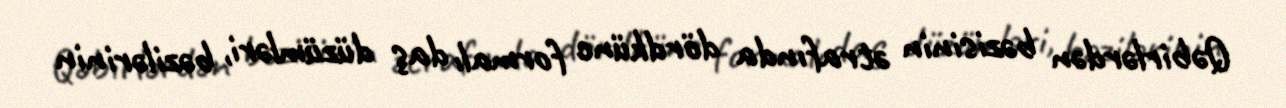
Qəbirlərdən bəzisinin ətrafında dördkünc formalı daş düzümləri, bəzilərinin